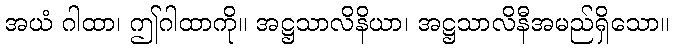
အယံ ဂါထာ၊ ဤဂါထာကို။ အဋ္ဌသာလိနိယာ၊ အဋ္ဌသာလိနီအမည်ရှိသော။